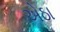
એઠા